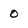
Character: 0